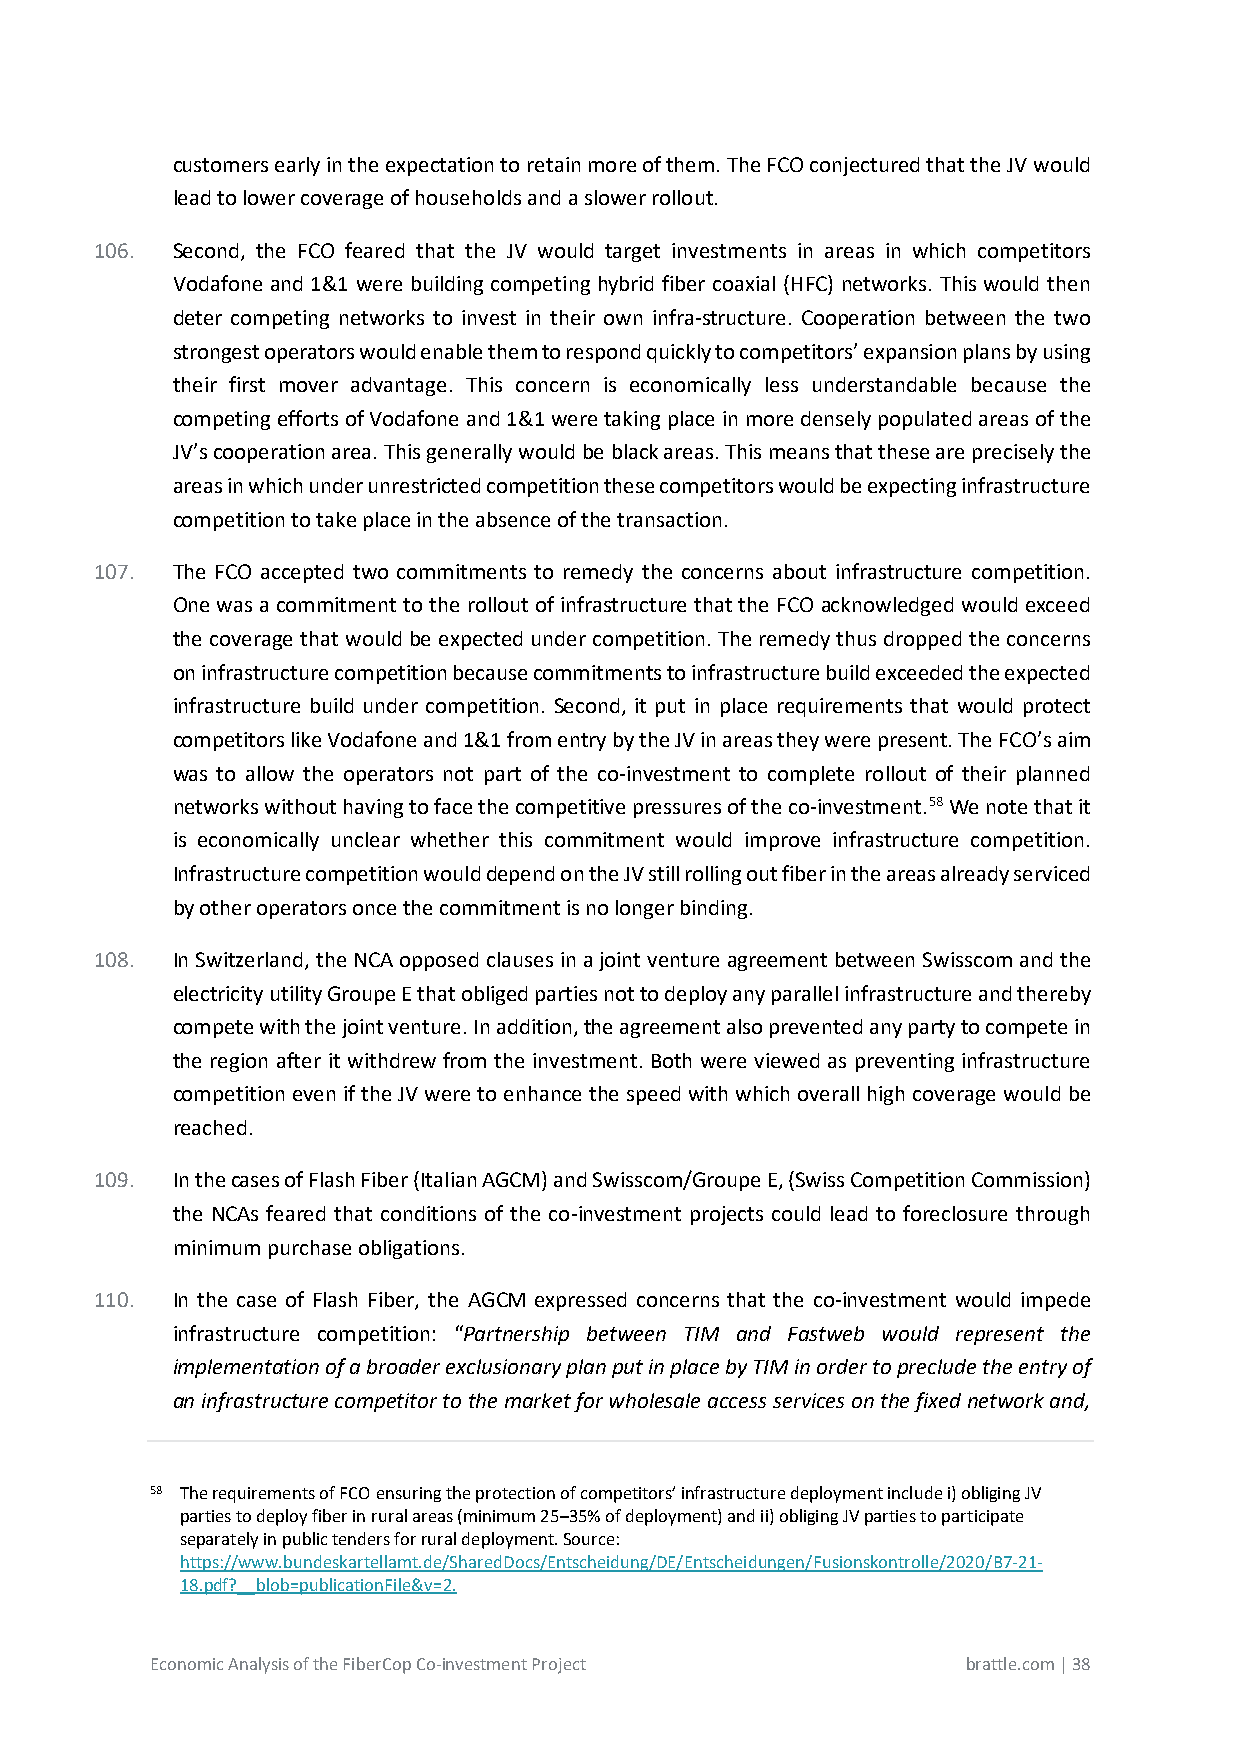
customers early in the expectation to retain more of them. The FCO conjectured that the JV would
 lead to lower coverage of households and a slower rollout.
 106. Second, the FCO feared that the JV would target investments in areas in which competitors
 Vodafone and 1&1 were building competing hybrid fiber coaxial (HFC) networks. This would then
 deter competing networks to invest in their own infra-structure. Cooperation between the two
 strongest operators would enable them to respond quickly to competitors’ expansion plans by using
 their first mover advantage. This concern is economically less understandable because the
 competing efforts of Vodafone and 1&1 were taking place in more densely populated areas of the
 JV’s cooperation area. This generally would be black areas. This means that these are precisely the
 areas in which under unrestricted competition these competitors would be expecting infrastructure
 competition to take place in the absence of the transaction.
 107. The FCO accepted two commitments to remedy the concerns about infrastructure competition.
 One was a commitment to the rollout of infrastructure that the FCO acknowledged would exceed
 the coverage that would be expected under competition. The remedy thus dropped the concerns
 on infrastructure competition because commitments to infrastructure build exceeded the expected
 infrastructure build under competition. Second, it put in place requirements that would protect
 competitors like Vodafone and 1&1 from entry by the JV in areas they were present. The FCO’s aim
 was to allow the operators not part of the co-investment to complete rollout of their planned
 networks without having to face the competitive pressures of the co-investment.58 We note that it
 is economically unclear whether this commitment would improve infrastructure competition.
 Infrastructure competition would depend on the JV still rolling out fiber in the areas already serviced
 by other operators once the commitment is no longer binding.
 108. In Switzerland, the NCA opposed clauses in a joint venture agreement between Swisscom and the
 electricity utility Groupe E that obliged parties not to deploy any parallel infrastructure and thereby
 compete with the joint venture. In addition, the agreement also prevented any party to compete in
 the region after it withdrew from the investment. Both were viewed as preventing infrastructure
 competition even if the JV were to enhance the speed with which overall high coverage would be
 reached.
 109. In the cases of Flash Fiber (Italian AGCM) and Swisscom/Groupe E, (Swiss Competition Commission)
 the NCAs feared that conditions of the co-investment projects could lead to foreclosure through
 minimum purchase obligations.
 110. In the case of Flash Fiber, the AGCM expressed concerns that the co-investment would impede
 infrastructure competition: “Partnership between TIM and Fastweb would represent the
 implementation of a broader exclusionary plan put in place by TIM in order to preclude the entry of
 an infrastructure competitor to the market for wholesale access services on the fixed network and,
 58 The requirements of FCO ensuring the protection of competitors’ infrastructure deployment include i) obliging JV
 parties to deploy fiber in rural areas (minimum 25–35% of deployment) and ii) obliging JV parties to participate
 separately in public tenders for rural deployment. Source:
 https://www.bundeskartellamt.de/SharedDocs/Entscheidung/DE/Entscheidungen/Fusionskontrolle/2020/B7-21-
 18.pdf?__blob=publicationFile&v=2.
 Economic Analysis of the FiberCop Co-investment Project brattle.com | 38